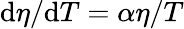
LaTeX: \mathrm{d}{\eta}/\mathrm{d}T=\alpha\eta/T